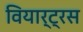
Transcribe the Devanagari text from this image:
वियार्ट्रस